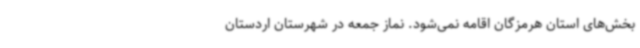
بخش‌های استان هرمزگان اقامه نمی‌شود. نماز جمعه در شهرستان اردستان